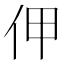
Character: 𠇺